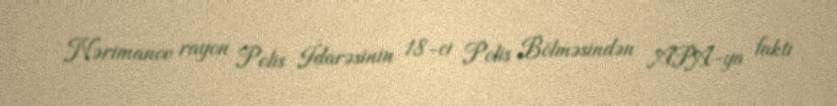
Nərimanov rayon Polis İdarəsinin 18-ci Polis Bölməsindən APA-ya faktı